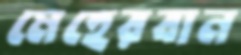
মেহেরবান